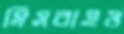
মিসবাহও